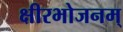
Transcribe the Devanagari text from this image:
क्षीरभोजनम्